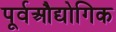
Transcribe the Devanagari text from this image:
पूर्वऔद्योगिक